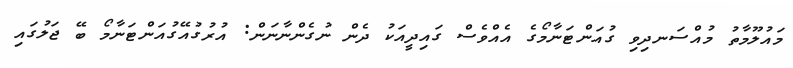
މައުލޫމާތު މުއްސަނދިވި ގުއަންޓަނާމޯގެ އެއްވެސް ގައިދީއަކު ދެން ނުގެންނާނަން: އުރުގުއޭގުއަންޓަނާމޯ ބޭ ޖަލުގައި